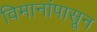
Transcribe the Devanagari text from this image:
विमानांपासून